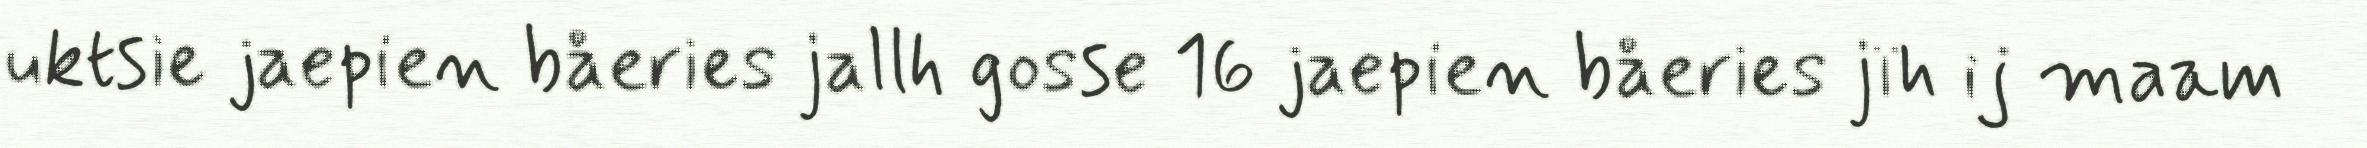
uktsie jaepien båeries jallh gosse 16 jaepien båeries jïh ij maam